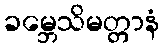
ခမ္ဘေသိမတ္တာနံ